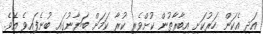
އަދި އެކަން ހަރުކަށި އިބާރާތުން ކުށްވެރި ކުރާ ކަމަށް ބަޔާނުގައި ބުނެފައިވެ އެވެ.